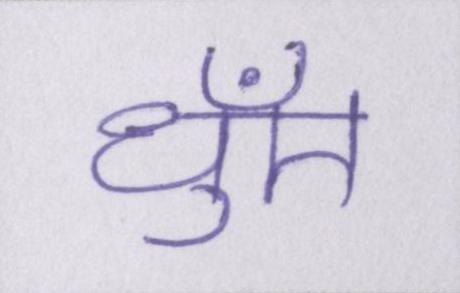
धुँए